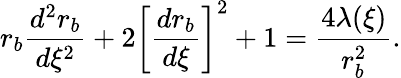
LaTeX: r_{b}\frac{d^{2}r_{b}}{d\xi^{2}}+2\left[\frac{dr_{b}}{d\xi}\right]^{2}+1=\frac{4\lambda(\xi)}{r_{b}^{2}}.